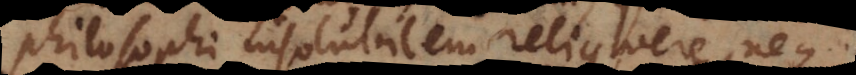
philosophi insolubilem reliquere, neque